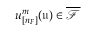
u _ { [ n _ { F } ] } ^ { m } ( \mathfrak { u } ) \in \overline { { \mathcal { F } } }